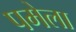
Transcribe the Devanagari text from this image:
पमेला